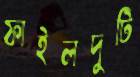
ফাইলদুটি